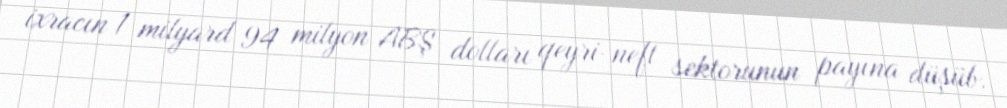
ixracın 1 milyard 94 milyon ABŞ dolları qeyri-neft sektorunun payına düşüb.